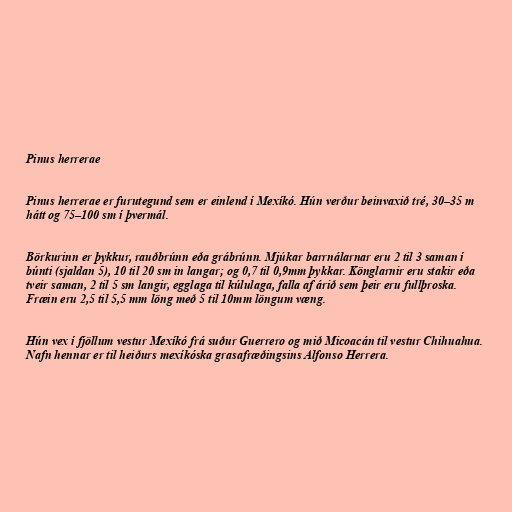
Pinus herrerae

Pinus herrerae er furutegund sem er einlend í Mexíkó. Hún verður beinvaxið tré, 30–35 m
hátt og 75–100 sm í þvermál.

Börkurinn er þykkur, rauðbrúnn eða grábrúnn. Mjúkar barrnálarnar eru 2 til 3 saman í
búnti (sjaldan 5), 10 til 20 sm in langar; og 0,7 til 0,9mm þykkar. Könglarnir eru stakir eða
tveir saman, 2 til 5 sm langir, egglaga til kúlulaga, falla af árið sem þeir eru fullþroska.
Fræin eru 2,5 til 5,5 mm löng með 5 til 10mm löngum væng.

Hún vex í fjöllum vestur Mexíkó frá suður Guerrero og mið Micoacán til vestur Chihuahua.
Nafn hennar er til heiðurs mexíkóska grasafræðingsins Alfonso Herrera.